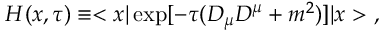
H ( x , \tau ) \equiv < x | \exp [ - \tau ( D _ { \mu } D ^ { \mu } + m ^ { 2 } ) ] | x > ~ ,